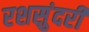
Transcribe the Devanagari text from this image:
रशसुंदरी